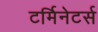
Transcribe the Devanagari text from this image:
टर्मिनेटर्स